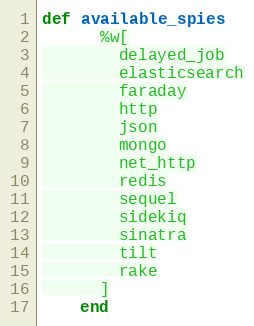
Language: Ruby
def available_spies
      %w[
        delayed_job
        elasticsearch
        faraday
        http
        json
        mongo
        net_http
        redis
        sequel
        sidekiq
        sinatra
        tilt
        rake
      ]
    end